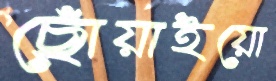
ছোঁয়াইয়ো